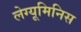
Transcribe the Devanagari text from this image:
लेग्यूमिनिस